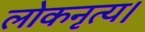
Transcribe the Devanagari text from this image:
लोकनृत्य।